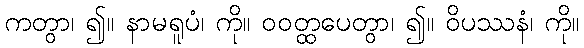
ကတွာ၊ ၍။ နာမရူပံ၊ ကို။ ဝဝတ္ထပေတွာ၊ ၍။ ဝိပဿနံ၊ ကို။